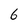
Character: 6